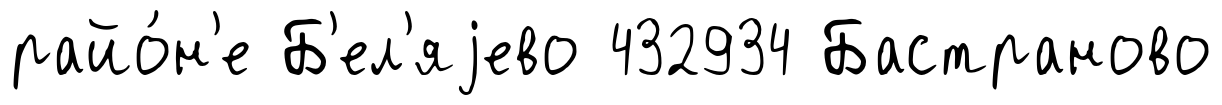
райо́н'е Б'ел'яjево 432934 Бастраново